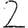
Digit: 2